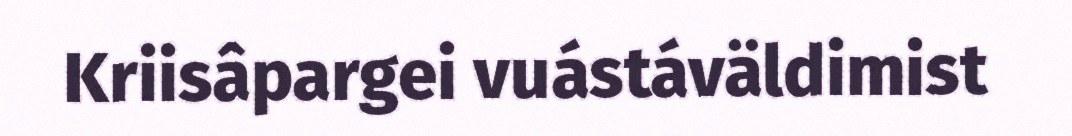
Kriisâpargei vuástáväldimist